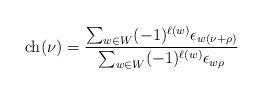
LaTeX: \begin{align*}{\rm ch}(\nu) = \frac{\sum_{w \in W} (-1)^{\ell(w)} \epsilon_{w(\nu+\rho)}}{ \sum_{w \in W} (-1)^{\ell(w)} \epsilon_{w \rho}}\end{align*}